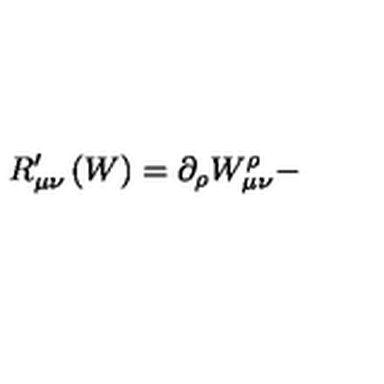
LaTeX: R _ { \mu \nu } ^ { \prime } \left( W \right) = \partial _ { \rho } W _ { \mu \nu } ^ { \rho } -